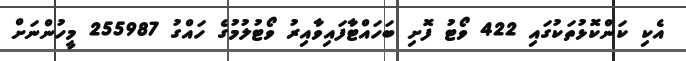
އެކި ކަންކޮޅުތަކުގައި 422 ވޯޓު ފޮށި ބަހައްޓާފައިވާއިރު ވޯޓުލުމުގެ ހައްގު 255987 މީހުންނަށް